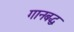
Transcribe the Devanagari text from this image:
गानबद्ध